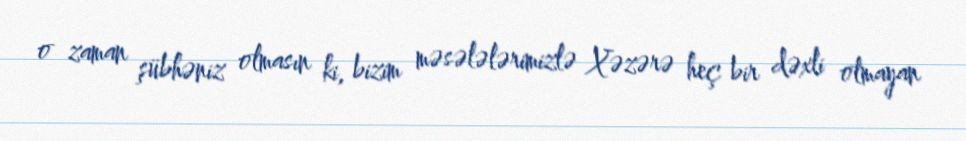
o zaman şübhəniz olmasın ki, bizim məsələlərimizlə Xəzərə heç bir dəxli olmayan